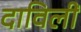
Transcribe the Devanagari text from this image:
दाविलीं